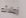
زملائه